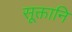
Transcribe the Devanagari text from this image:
सूक्तानि